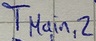
Text: TMain,2